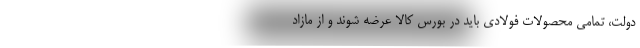
دولت، تمامی محصولات فولادی باید در بورس کالا عرضه شوند و از مازاد